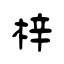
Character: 梓